Report of the King Institute of Preventive Medicine, Guindy
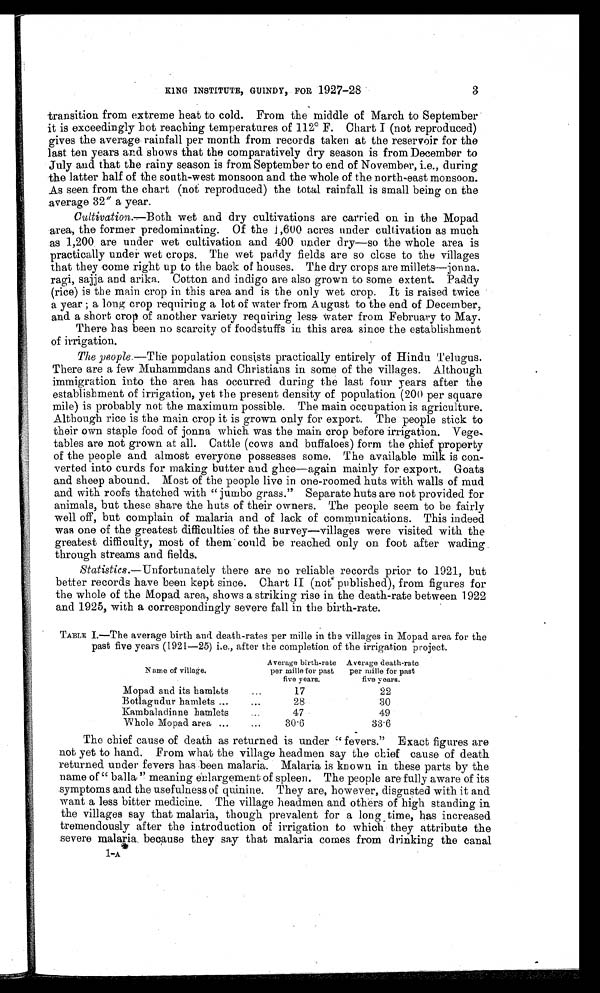
KING INSTITUTE, GUINDY, FOR 1927-28 3
transition from extreme heat to cold. From the middle of March to September
it is exceedingly hot reaching temperatures of 112° F. Chart I (not reproduced)
gives the average rainfall per month from records taken at the reservoir for the
last ten years and shows that the comparatively dry season is from December to
July and that the rainy season is from September to end of November, i.e., during
the latter half of the south-west monsoon and the whole of the north-east monsoon.
As seen from the chart (not reproduced) the total rainfall is small being on the
.average 32" a year.
Cultivation.—Both wet and dry cultivations are carried on in the Mopad
area, the former predominating. Of the [illegible],600 acres under cultivation as much.
as 1,200 are under wet cultivation and 400 under dry—so the whole area is
practically under wet crops. The wet paddy fields are so close to the villages
that they come right up to the back of houses. The dry crops are millets—jonna.
ragi, sajja and arika. Cotton and indigo are also grown to some extent. Paddy
(rice) is the main crop in this area and is the only wet crop. It is raised twice
a year ; a long crop requiring a lot of water from August to the end of December,
and a short crop of another variety requiring less water from February to May.
There has been no scarcity of foodstuffs in this area since the establishment
of irrigation.
The people.—The population consists practically entirely of Hindu Telugus.
There are a few Muhammdans and Christians in some of the villages. Although
immigration into the area has occurred during the last four years after the
establishment of irrigation, yet the present density of population (200 per square
mile) is probably not the maximum possible. The main occupation is agriculture.
Although rice is the main crop it is grown only for export. The people stick to
their own staple food of jonna which was the main crop before irrigation. Vege
-tables are not grown at all. Cattle (cows and buffaloes) form the chief property
of the people and almost everyone possesses some. The available milk is con-
–verted into curds for making butter and ghee—again mainly for export. Goats
and sheep abound. Most of the people live in one-roomed huts with walls of mud
and with roofs thatched with “ jumbo grass.” Separate huts are not provided for
animals, but these share the huts of their owners. The people seem to be fairly
well off, but complain of malaria and of lack of communications. This indeed
was one of the greatest difficulties of the survey—villages were visited with the
greatest difficulty, most of them could be reached only on foot after wading
through streams and fields.
Statistics.—Unfortunately there are no reliable records prior to 1921, but
better records have been kept since. Chart II (not published), from figures for
the whole of the Mopad area, shows a striking rise in the death-rate between 1922
and 1925, with a correspondingly severe fall in the birth-rate.
TABLE I.—The average birth and death-rates per mille in the villages in Mopad area for the
past five years (1921-25) i.e., after the completion of the irrigation project.
Name of village.
Average birth-rate
per mille for past
five y ears.
Average death-rate
per mille for past
five years.
Mopad and its hamlets...
1 7
22
Botlagudur hamlets ...
. . .
28
30
Kambaladinne hamlets...
4 7
49
Whole Mopad area ...
...
30.6
33.6
The chief cause of death as returned is under “ fevers.” Exact figures are
not yet to hand. From what the village headmen say the chief cause of death
returned under fevers has been malaria. Malaria is known in these parts by the
name of “ balla ” meaning enlargement of spleen. The people are fully aware of its
symptoms and the usefulness of quinine. They are, however, disgusted with it and
want a less bitter medicine. The village headmen and others of high standing in
the villages say that malaria, though prevalent for a long time, has increased
tremendously after the introduction of irrigation to which they attribute the
severe malaria because they say that malaria comes from drinking the canal
1–A